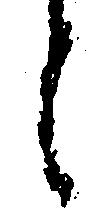
之